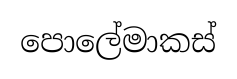
පොලේමාකස්